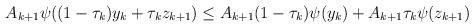
LaTeX: \begin{align*} A_{k+1}\psi((1- \tau_k) y_k + \tau_k z_{k+1})&\leq A_{k+1}(1- \tau_k)\psi( y_k) + A_{k+1}\tau_k \psi( z_{k+1})\end{align*}